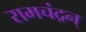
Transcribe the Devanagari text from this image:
रामचंद्रन्‌